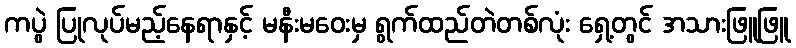
ကပွဲ ပြုလုပ်မည့်နေရာနှင့် မနီးမဝေးမှ ရွက်ထည်တဲတစ်လုံး ရှေ့တွင် အသားဖြူဖြူ